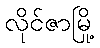
လိုင်ဇာမြို့